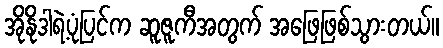
အိုနိုဒါရဲ့ပုံပြင်က ဆူဇူကီအတွက် အဖြေဖြစ်သွားတယ်။